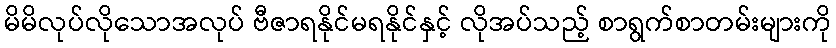
မိမိလုပ်လိုသောအလုပ် ဗီဇာရနိုင်မရနိုင်နှင့် လိုအပ်သည့် စာရွက်စာတမ်းများကို